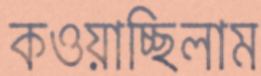
কওয়াচ্ছিলাম